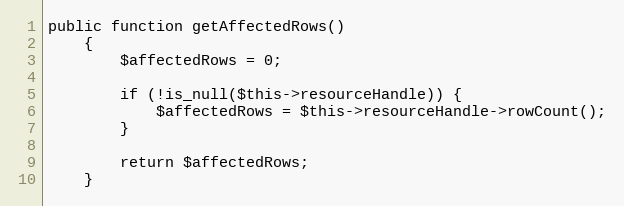
Language: PHP
public function getAffectedRows()
    {
        $affectedRows = 0;

        if (!is_null($this->resourceHandle)) {
            $affectedRows = $this->resourceHandle->rowCount();
        }

        return $affectedRows;
    }